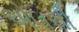
એલચી